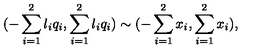
{ ( - \sum _ { i = 1 } ^ { 2 } { l _ { i } q _ { i } } , \sum _ { i = 1 } ^ { 2 } { l _ { i } q _ { i } } ) } \sim { ( - \sum _ { i = 1 } ^ { 2 } { x _ { i } } , \sum _ { i = 1 } ^ { 2 } { x _ { i } } ) } ,